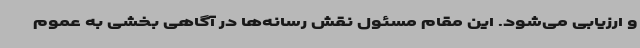
و ارزیابی می‌شود. این مقام مسئول نقش رسانه‌ها در آگاهی بخشی به عموم